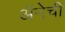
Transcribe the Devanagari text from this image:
अॅनेची